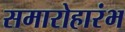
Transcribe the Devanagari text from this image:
समारोहारंभ